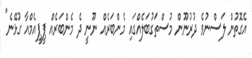
އެގޮތުން ލަސްނުވެ ދުރުނޫން މުސްތަގުބަލެއްގައި މެންބަރެއް ނޫނީ ދެ މެންބަރެއް ޕީޕީއެމްއާ ގުޅޭނެ"